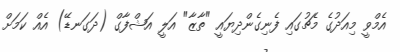
އެމްވީ މިއަދުގެ މެޗުގައި ފެނިގެންދިޔައީ "ތާޒާ" އަލީ އަޝްފާގް (ދަގަނޑޭ) އެއް ކަމަށް